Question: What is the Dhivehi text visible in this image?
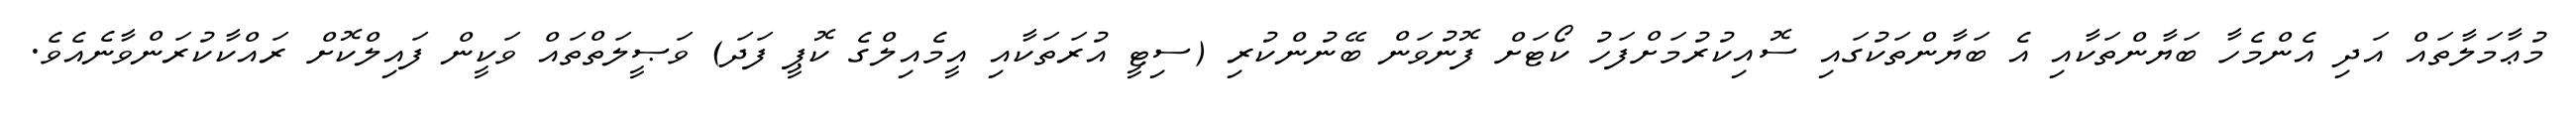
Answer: މުޢާމަލާތައް އަދި އެންމެހާ ބަޔާންތަކާއި އެ ބަޔާންތަކުގައި ސޮއިކުރުމަށްފަހު ކޯޓަށް ފޮނުވަން ބޭނުންކުރި (ސިޓީ އުރަތަކާއި އީމެއިލްގެ ކޮޕީ ފަދަ) ވަޞީލަތްތައް ވަކީން ފައިލްކޮށް ރައްކާކުރަންވާނެއެވެ.